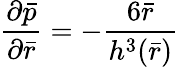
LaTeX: \frac{{\partial}\bar{p}}{{\partial}\bar{r}}=-\frac{6\bar{r}}{{h^{3}(\bar{r})}}